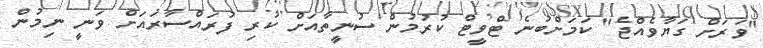
"ވަރަށް ގަޔާވެއްޖެ" ކަމަށްބުނެ ޓްވީޓް ކުރުމުން ސުނީތާއަށް ކުރި ފުރައްސާރައަށް ވަނީ ނިމުން